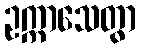
ဥက္ကာသေတွာ